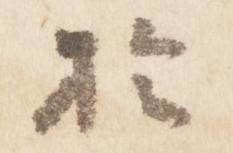
於